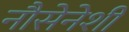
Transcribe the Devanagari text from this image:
नौसेनेशी